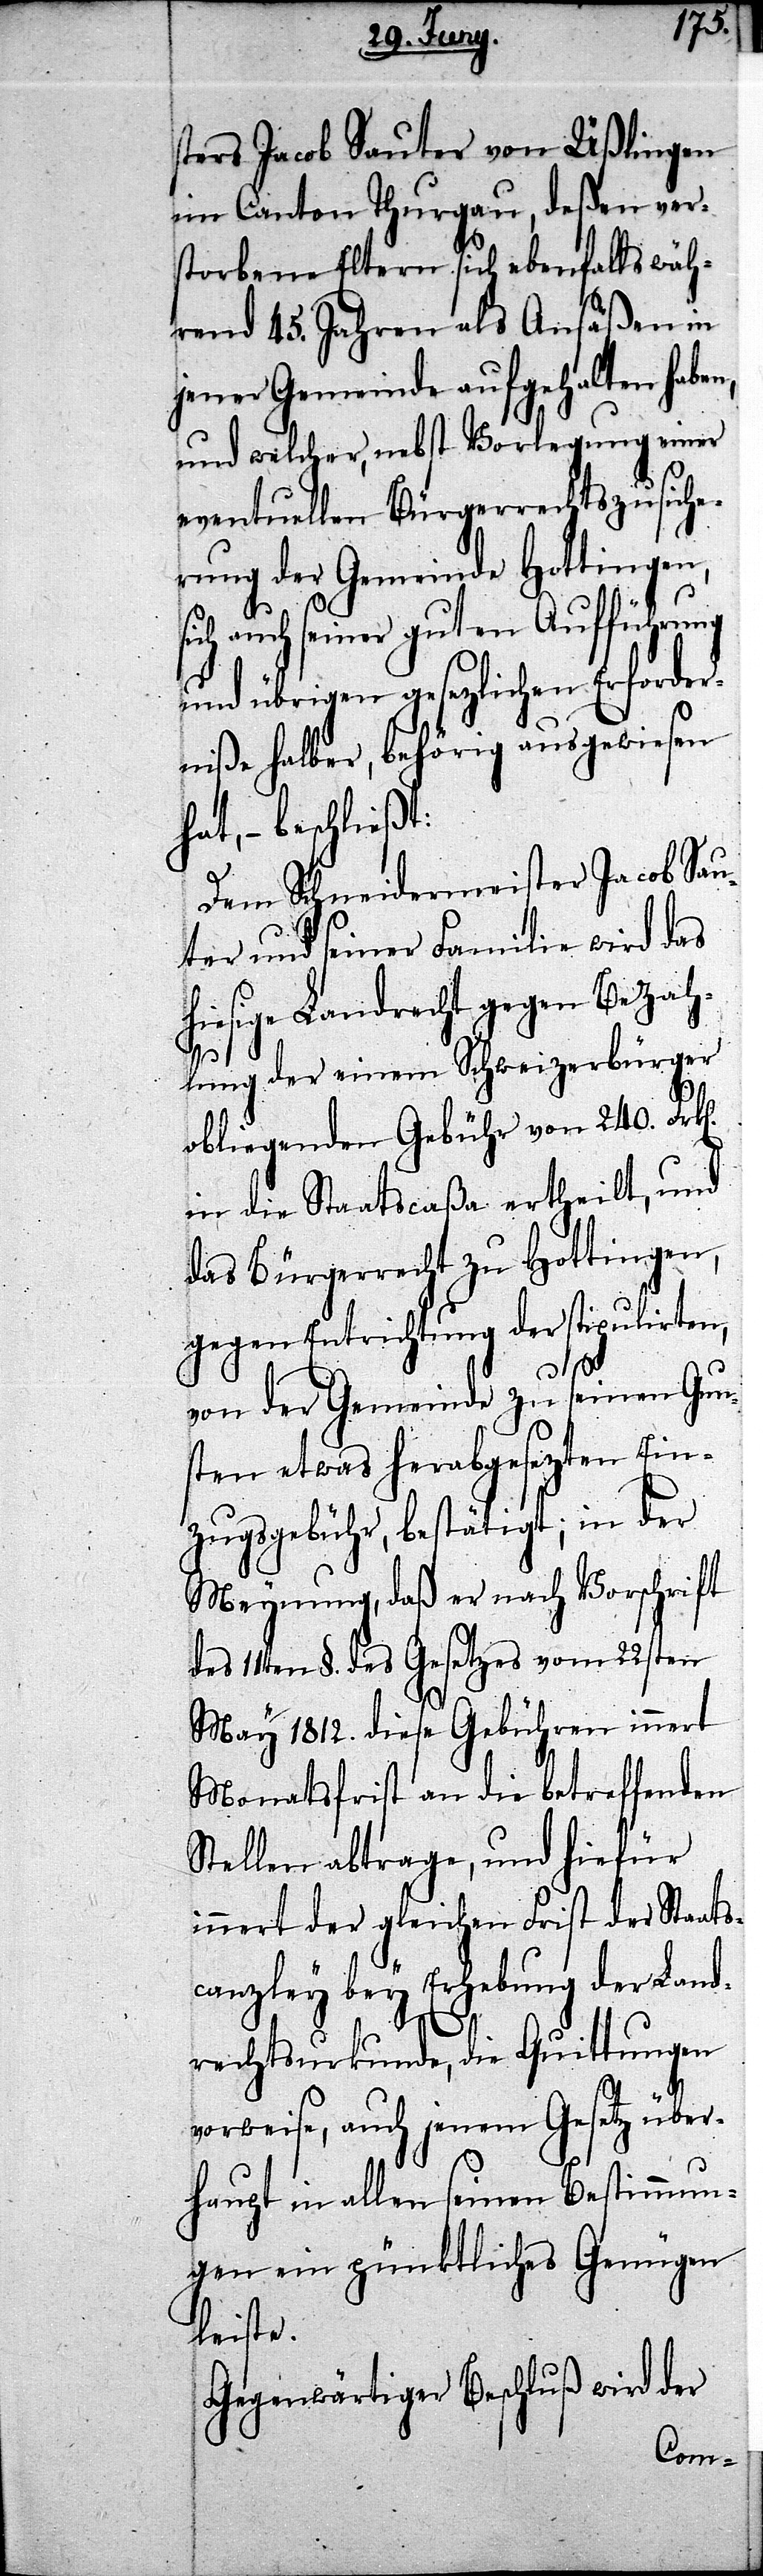
sters Jacob Sauter von Üßlingen
ein Canton Thurgau, deßen ver¬
storbene Eltern sich ebenfalls wäh¬
rend 45. Jahren als Ansäßen in
jener Gemeinde aufgehalten habe¬
und welcher, nebst Vorlegung einer
eventuellen Bürgerrechtszusiche¬
rung der Gemeinde Hottingen,
ich auch seiner guten Aufführung
und übrigen gesezlichen Erforder¬
niße halber, behörig ausgewiesen
hat, – beschließt:
Den Schneidermeister Jacob Sau¬
ter und seiner Familie wird das
hiesige Landrecht gegen Bezah¬
lung der einem Schweizerbürger
obliegenen Gebühr von 240. Fr¬
in die Staatscaßa ertheilt, und
das Bürgerrecht zu Hottingen,
gegen Entrichtung der stipulirten,
k[en].
von der Gemeinde zu seinen Gun¬
sten etwas herabgesezten Ein¬
zugsgebühr, bestätigt; in der
Meynung, daß er nach Vorschrift
des 11ten §. des Gesetzes vom 22sten
May 1812. diese Gebühren innert
Monatsfrist an die betreffenden
Stellen abtrage, und hiefür
innert der gleichen Frist der Staats¬
canzley bey Erhebung der Land¬
rechtsurkunde, die Quittungen
vorweise, auch jenem Gesetz über¬
s¬
haupt in allen seinen Bestimmun¬
gen ein pünktliches Genügen
leiste.
Gegenwärtiger Beschluß wird der